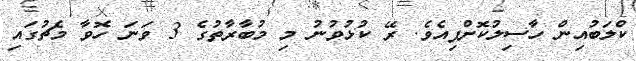
ކްލަބުއިން ހާސިލުކޮށްފިއެވެ. ރޭ ކުޅުވުނު މި މުބާރާތުގެ 3 ވަނަ ހޮވާ މެޗުގައި